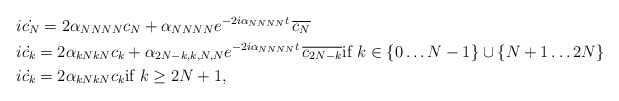
\begin{align*} & i\dot{c_N} = 2 \alpha_{NNNN} c_N + \alpha_{NNNN} e^{-2i\alpha_{NNNN}t}\, \overline{c_N} \\& i\dot{c_{k}} = 2 \alpha_{kNkN} c_{k} + \alpha_{2N-k,k,N,N} e^{-2i \alpha_{NNNN} t} \,\overline{c_{2N-k}} \mbox{if $k \in \{0 \dots N-1\} \cup \{N+1 \dots 2N\}$} \\& i\dot{c_{k}} = 2 \alpha_{kNkN} c_{k} \mbox{if $k \geq 2N+1$},\end{align*}